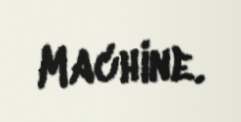
Machine.